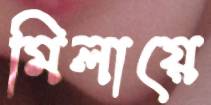
মিলায়ে